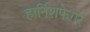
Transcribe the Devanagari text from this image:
हार्निशफेगर